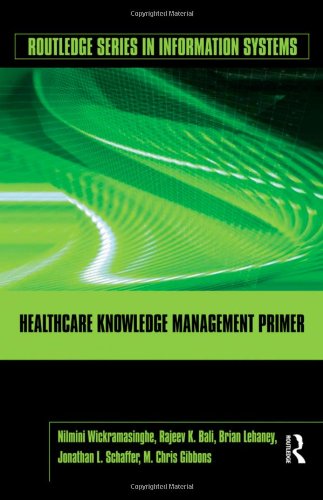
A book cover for Healthcare Knowledge Management Primer (Routledge Series in Information Systems); Nilmini Wickramasinghe; Medical Books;